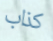
كذاب